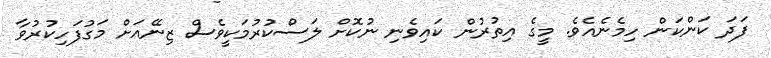
ފަދަ ކަންކަން ހިމެނެއެވެ. މީގެ އިތުރުން ކައިވެނި ނުކޮށް ލަސްކުރުމަކީވެސް ޒިނޭއަށް މަގުފަހިކުރުވާ